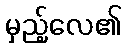
မှည့်လေ၏